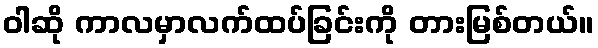
ဝါဆို ကာလမှာလက်ထပ်ခြင်းကို တားမြစ်တယ်။